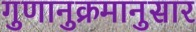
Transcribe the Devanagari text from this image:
गुणानुक्रमानुसार